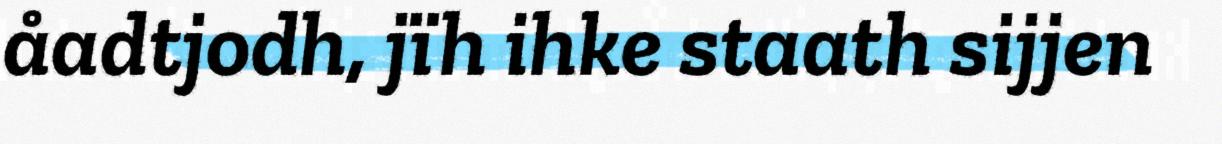
åadtjodh, jïh ihke staath sijjen